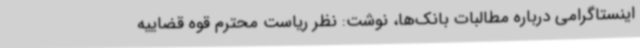
اینستاگرامی درباره مطالبات بانک‌ها، نوشت: نظر ریاست محترم قوه قضاییه